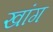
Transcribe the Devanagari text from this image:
खांग